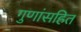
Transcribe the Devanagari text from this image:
गुणांसहित